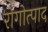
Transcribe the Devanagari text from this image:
रोगोत्पाद